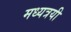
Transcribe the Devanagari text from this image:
मध्यत्रयी